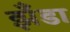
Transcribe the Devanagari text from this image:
झँडा